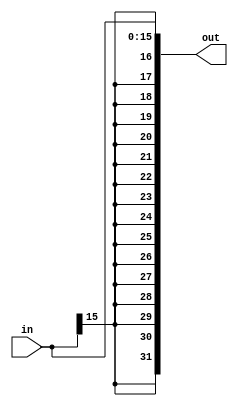
// NO CHANGES NEED TO BE MADE TO THIS MODULE

`ifndef __signext__
`define __signext__ defined

module sign_ext (in, out);

    parameter in_width = 16;
    parameter out_width = 32;

    output [out_width-1:0] out;
    input [in_width-1:0] in;

    assign out[out_width-1:in_width] = {(out_width-in_width){in[in_width-1]}};
    assign out[in_width-1:0] = in;

endmodule

`endif